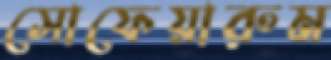
সোফেয়ারুম